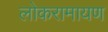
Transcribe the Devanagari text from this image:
लोकरामायण